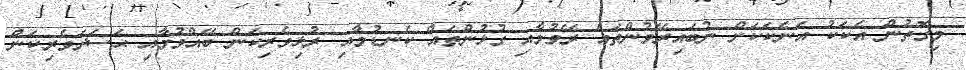
މިގޮތުން އެކަކު އަނެކަކަށް ނުބައިރޭވުންތައް ރޭވުމާއި ގުޅުންތައް ކެނޑުމާއި ރުޅިވެރިކަން ބޭއްވުމާއި ޙަސަދަވެރިކަން